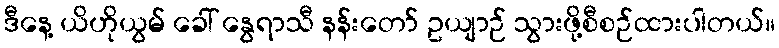
ဒီနေ့ ယိဟိုယွမ် ခေါ် နွေရာသီ နန်းတော် ဥယျာဉ် သွားဖို့စီစဉ်ထားပါတယ်။